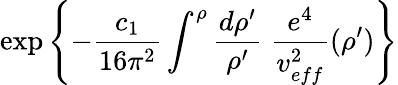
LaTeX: \exp{\left\{ -\frac{c_{1}}{16\pi^{2}}\int^{\rho}\frac{d\rho^{\prime}}{\rho^{\prime}}\; \frac{e^{4}}{v_{eff}^{2}}(\rho^{\prime})\right\} }